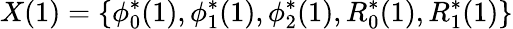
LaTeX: X(1)=\{ \phi_{0}^{*}(1),\phi_{1}^{*}(1),\phi_{2}^{*}(1),R_{0}^{*}(1),R_{1}^{*}(1)\}